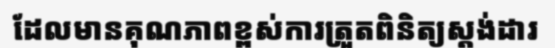
ដែលមានគុណភាពខ្ពស់ការត្រួតពិនិត្យស្តង់ដារ